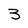
Character: 3